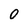
Character: 0